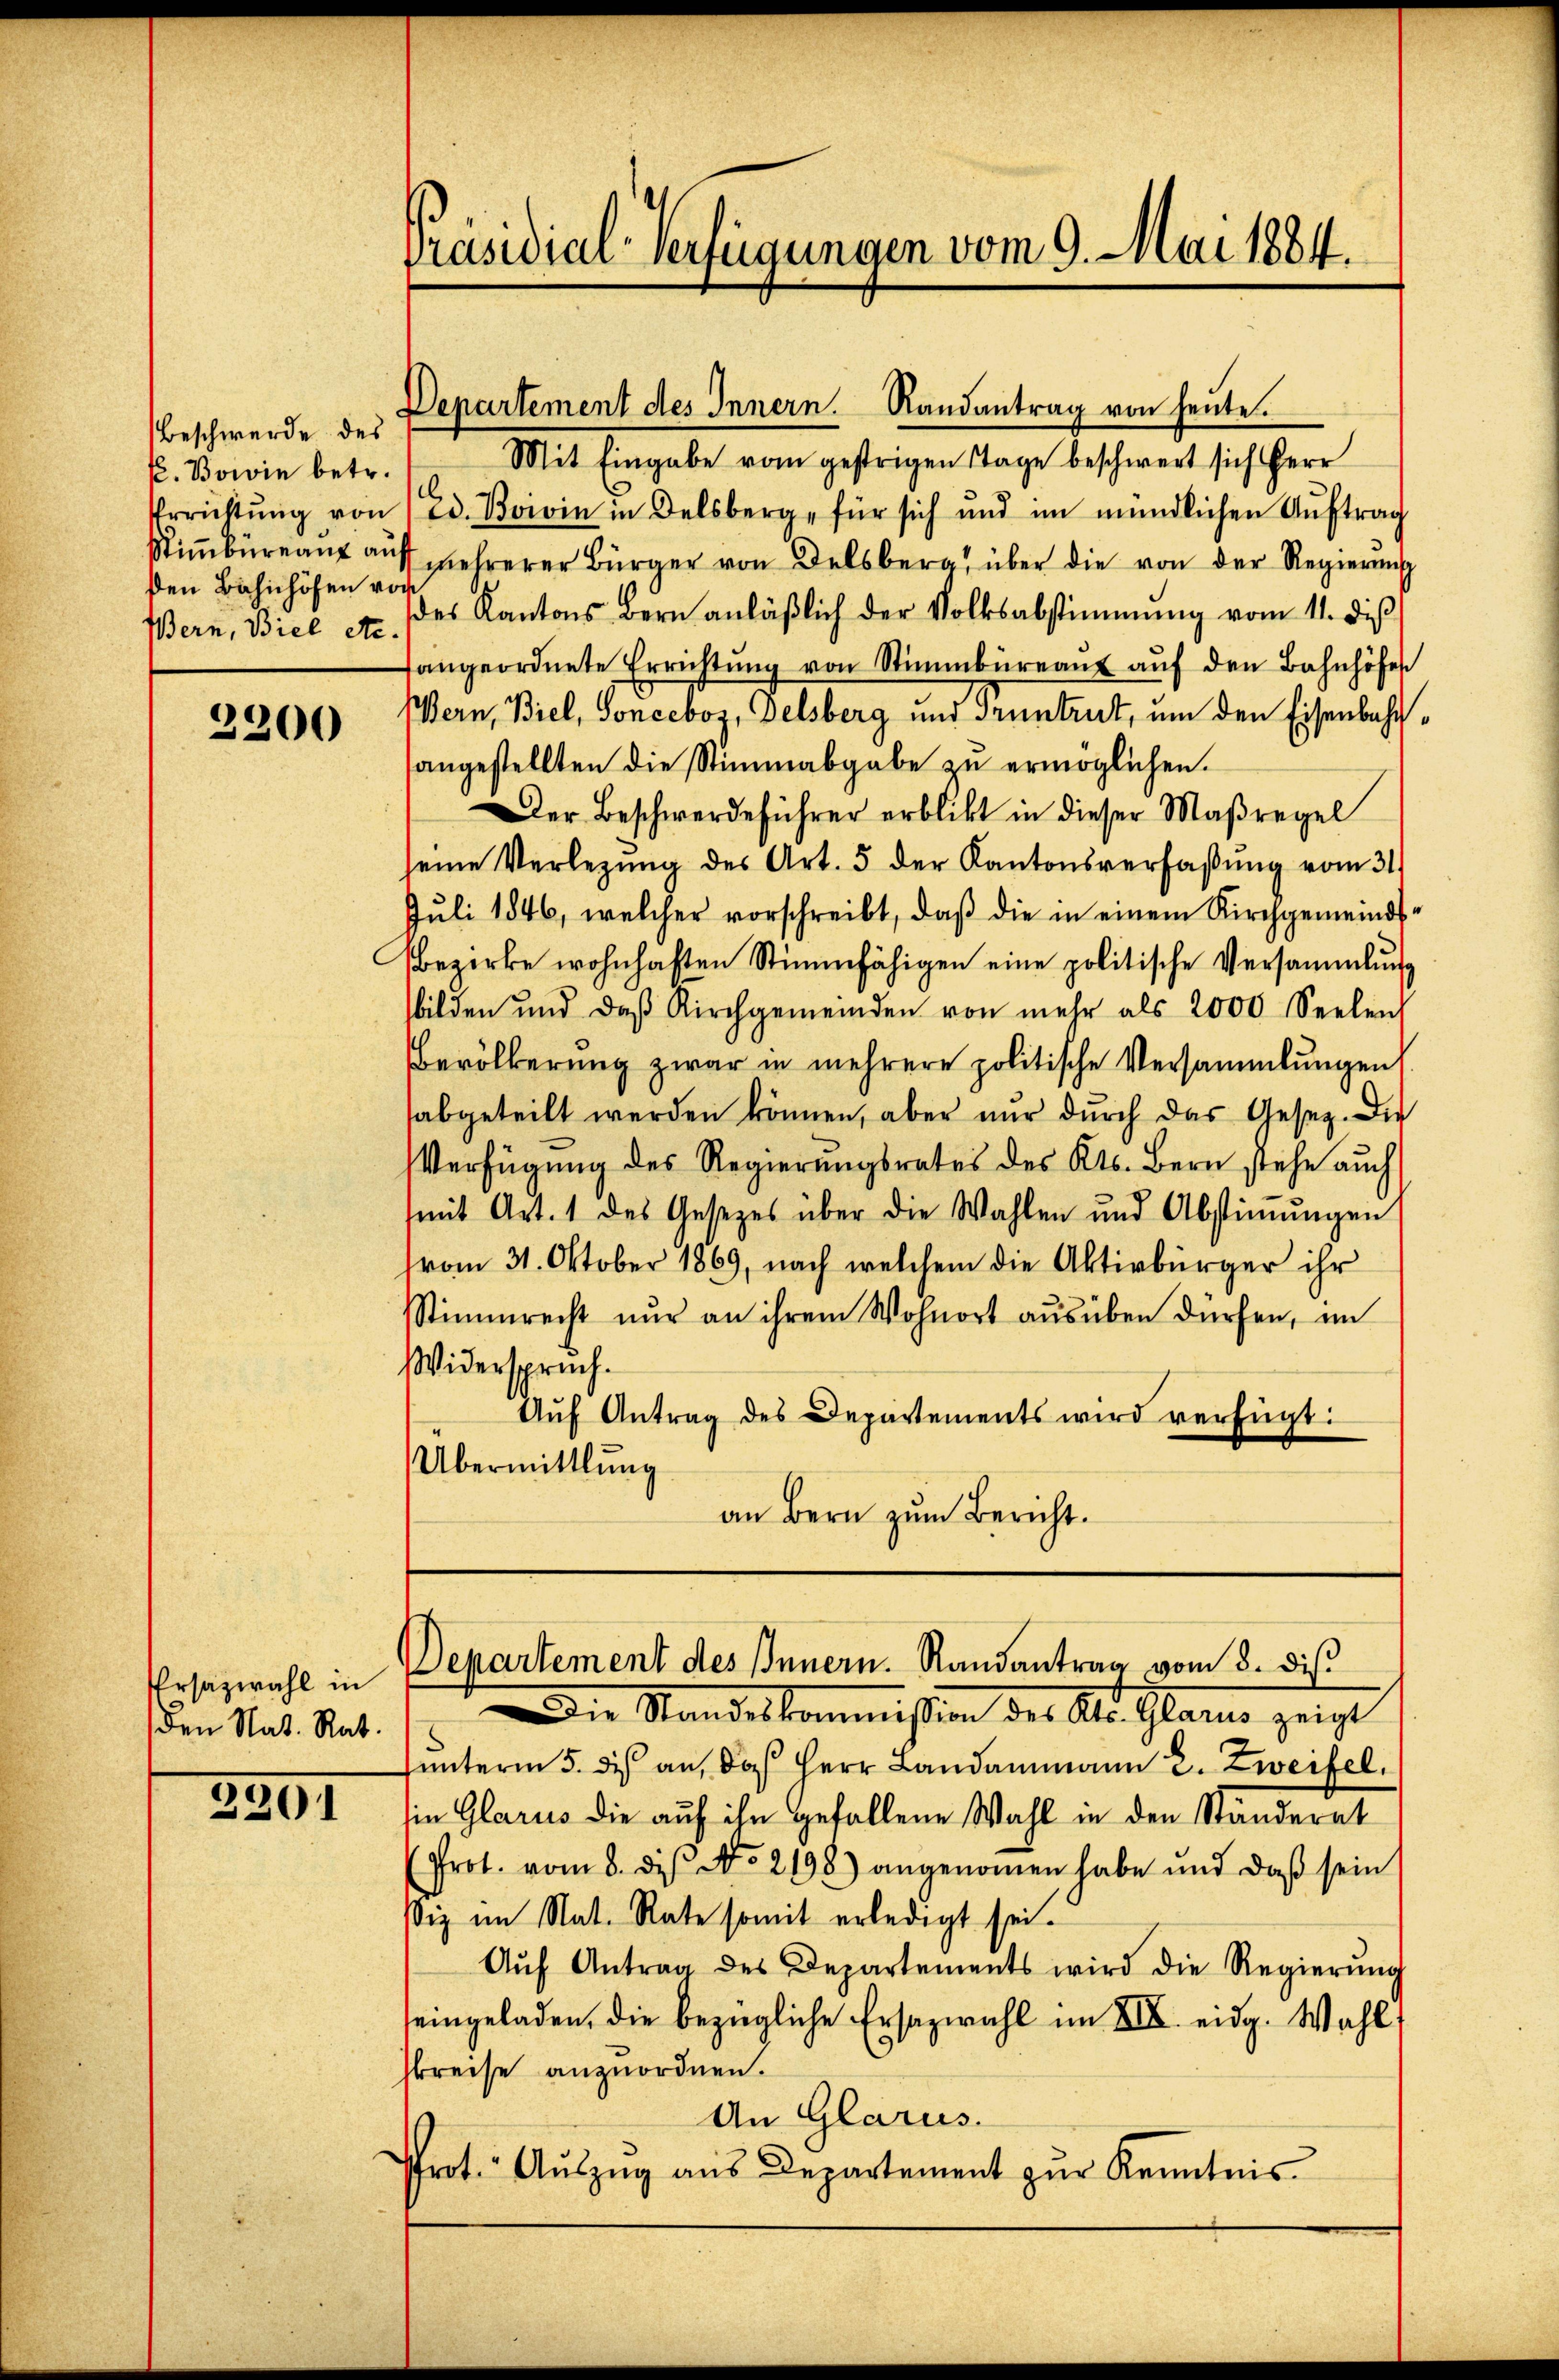
Beschwerde des
p. Bowie betr.
den Bahnhöfen vor

2200

rsazwahl in
(den Nat. Rat.

2291

Präsidial-Verfügungen vom 9. Mai 1884.

Departement des Innern. Randantrag von heute.

Mit Eingabe vom gestrigen Tage beschwert sich Herr
Errichtŭng von 1 Ed. Boivin in Delsberg, für sich und im mündlichen Aŭftrag
Stiṁbüreau auf mehrerer Bürger von Delsberg über die von der Regierŭng
Bern, Biel etc. des Kantons Bern anläβlich der Volksabstimmung vom 11. diβ
fangeordnete Errichtŭng von Stimmbüreaŭs aŭf den Bahnhöfen
Bern, Biel, Sonceboz, Delsberg und Truntrut, um den Eisenbahnsangestellten die Stimmabgabe zu ermöglichen.
Der Beschwerdeführer erblickt in dieser Maßregel
seine Verlegŭng des Art. 5 der Kantonsverfaßung vom 31.
Jŭli 1846, welcher vorschreibt, daβ die in einem Kirchgemeinds¬
Bezirke wohnhaften Stimmfähigen eine politische Versammlung
bilden und daβ Kirchgemeinden von mehr als 2000 Seelen
Bevölkerung zwar in mehrere politische Versammlungen
abgeteilt werden können, aber nŭr dŭrch das Gesetz. Die
Verfügung des Regierungsrates des Kts. Bern stehe auch
(mit Art. 1 des Gesetzes über die Wahlen und Abstiṁŭngen
vom 31. Oktober 1869, nach welchem die Aktivbürger ihr
Stimmrecht nur an ihrem Wohnort aŭsüben dürfen, im
Widerspruch.
Aŭf Antrag des Departements wird verfügt:
Übermittlung
an Bern zum Bericht.

Departement des Innern. Randantrag vom 8. di

ie Standeskommission des Kts. Glarus zeigt
unterm 5. des an, das Herr Landammann 2. Zweifel.
in Glarus die auf ihn gefallene Wahl in den Ständerat
Prot. vom 8. des No. 2198) angenoṁen habe und daß sein
siz im Nat. Rate somit erledigt sei.
Aŭf Antrag des Departements wird die Regierŭng
seingeladen, die bezügliche Ersazwahl im VIII. eidg. Wahl
skreise anzuordnen.
An Glarus.
Prot. Aŭszŭg aŭs Departement zŭr Kenntnis